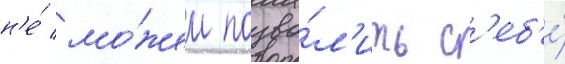
н'е́ мо́жем позво́л'ить с'еб'е́